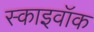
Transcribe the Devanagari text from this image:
स्काइवॉक